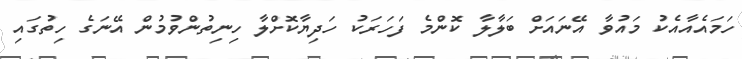
ހަމައެއާއެކު މައުވާ އޭނައަށް ބަލާލާ ކޮންމެ ފަހަރަކު ހަދިޔާކޮށްލާ ހިނިތުންވުމުން އޭނަގެ ހިތުގައި